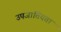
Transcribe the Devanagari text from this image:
उपजातियता